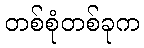
တစ်စုံတစ်ခုက